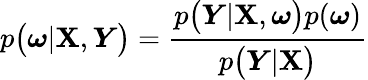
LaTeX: p\big(\boldsymbol{\omega}|\boldsymbol{\mathbf{X}},\boldsymbol{Y}\big)=\frac{{p\big(\boldsymbol{Y}|\boldsymbol{\mathbf{X}},\boldsymbol{\omega}\big)p(\boldsymbol{\omega})}}{{p\big(\boldsymbol{Y}|\boldsymbol{\mathbf{X}}\big)}}